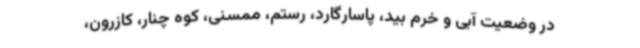
در وضعیت آبی و خرم بید، پاسارگارد، رستم، ممسنی، کوه چنار، کازرون،